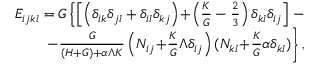
\begin{array} { r } { E _ { i j k l } = G \left\{ \left[ \left( \delta _ { i k } \delta _ { j l } + \delta _ { i l } \delta _ { k j } \right) \! + \! \left( \frac { K } { G } - \frac { 2 } { 3 } \right) \delta _ { k l } \delta _ { i j } \right] \right. - } \\ { \left. - \frac { G } { ( H + G ) + \alpha \Lambda K } \left( N _ { i j } \! + \! \frac { K } { G } \Lambda \delta _ { i j } \right) ( N _ { k l } \! + \! \frac { K } { G } \alpha \delta _ { k l } ) \right\} , } \end{array}